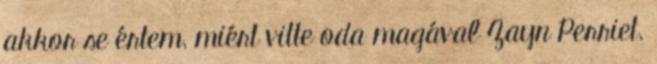
akkor se értem, miért vitte oda magával Zayn Perriet.